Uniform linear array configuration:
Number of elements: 16
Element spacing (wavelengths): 0.75
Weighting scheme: binomial
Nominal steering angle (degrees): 45
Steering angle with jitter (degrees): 44.079
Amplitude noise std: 0.05
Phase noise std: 0.05

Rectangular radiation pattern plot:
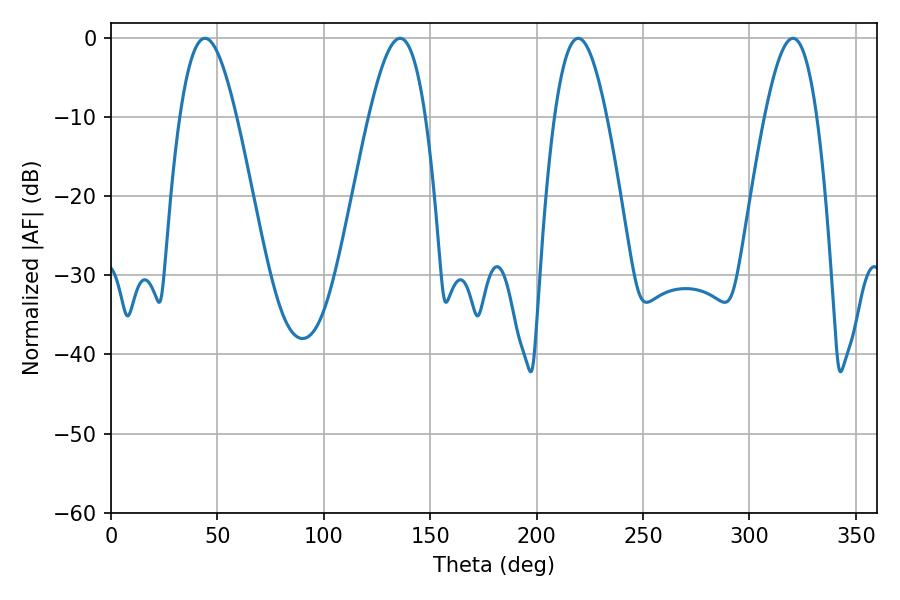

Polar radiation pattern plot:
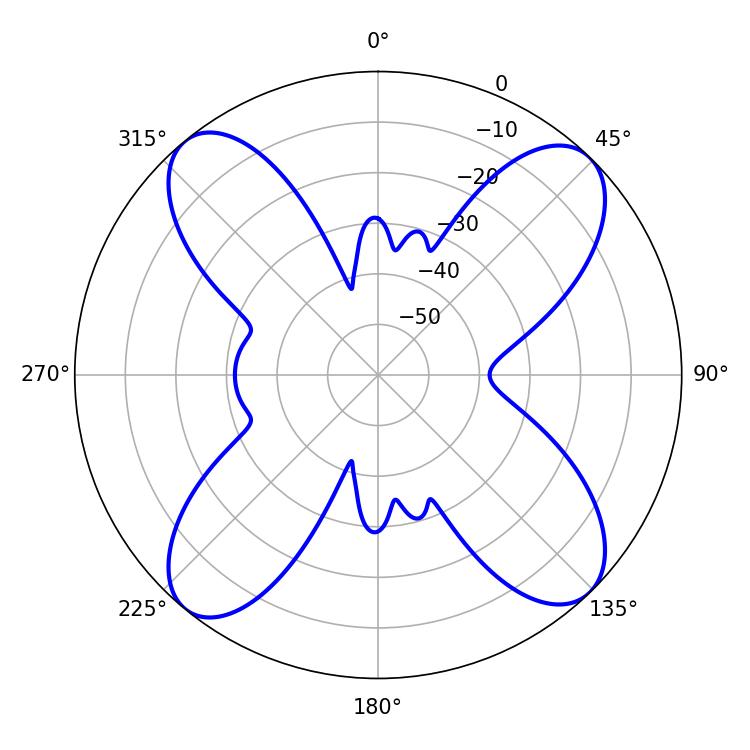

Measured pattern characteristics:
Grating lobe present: TRUE
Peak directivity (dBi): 15.225
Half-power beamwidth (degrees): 14.4
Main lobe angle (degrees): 44.1